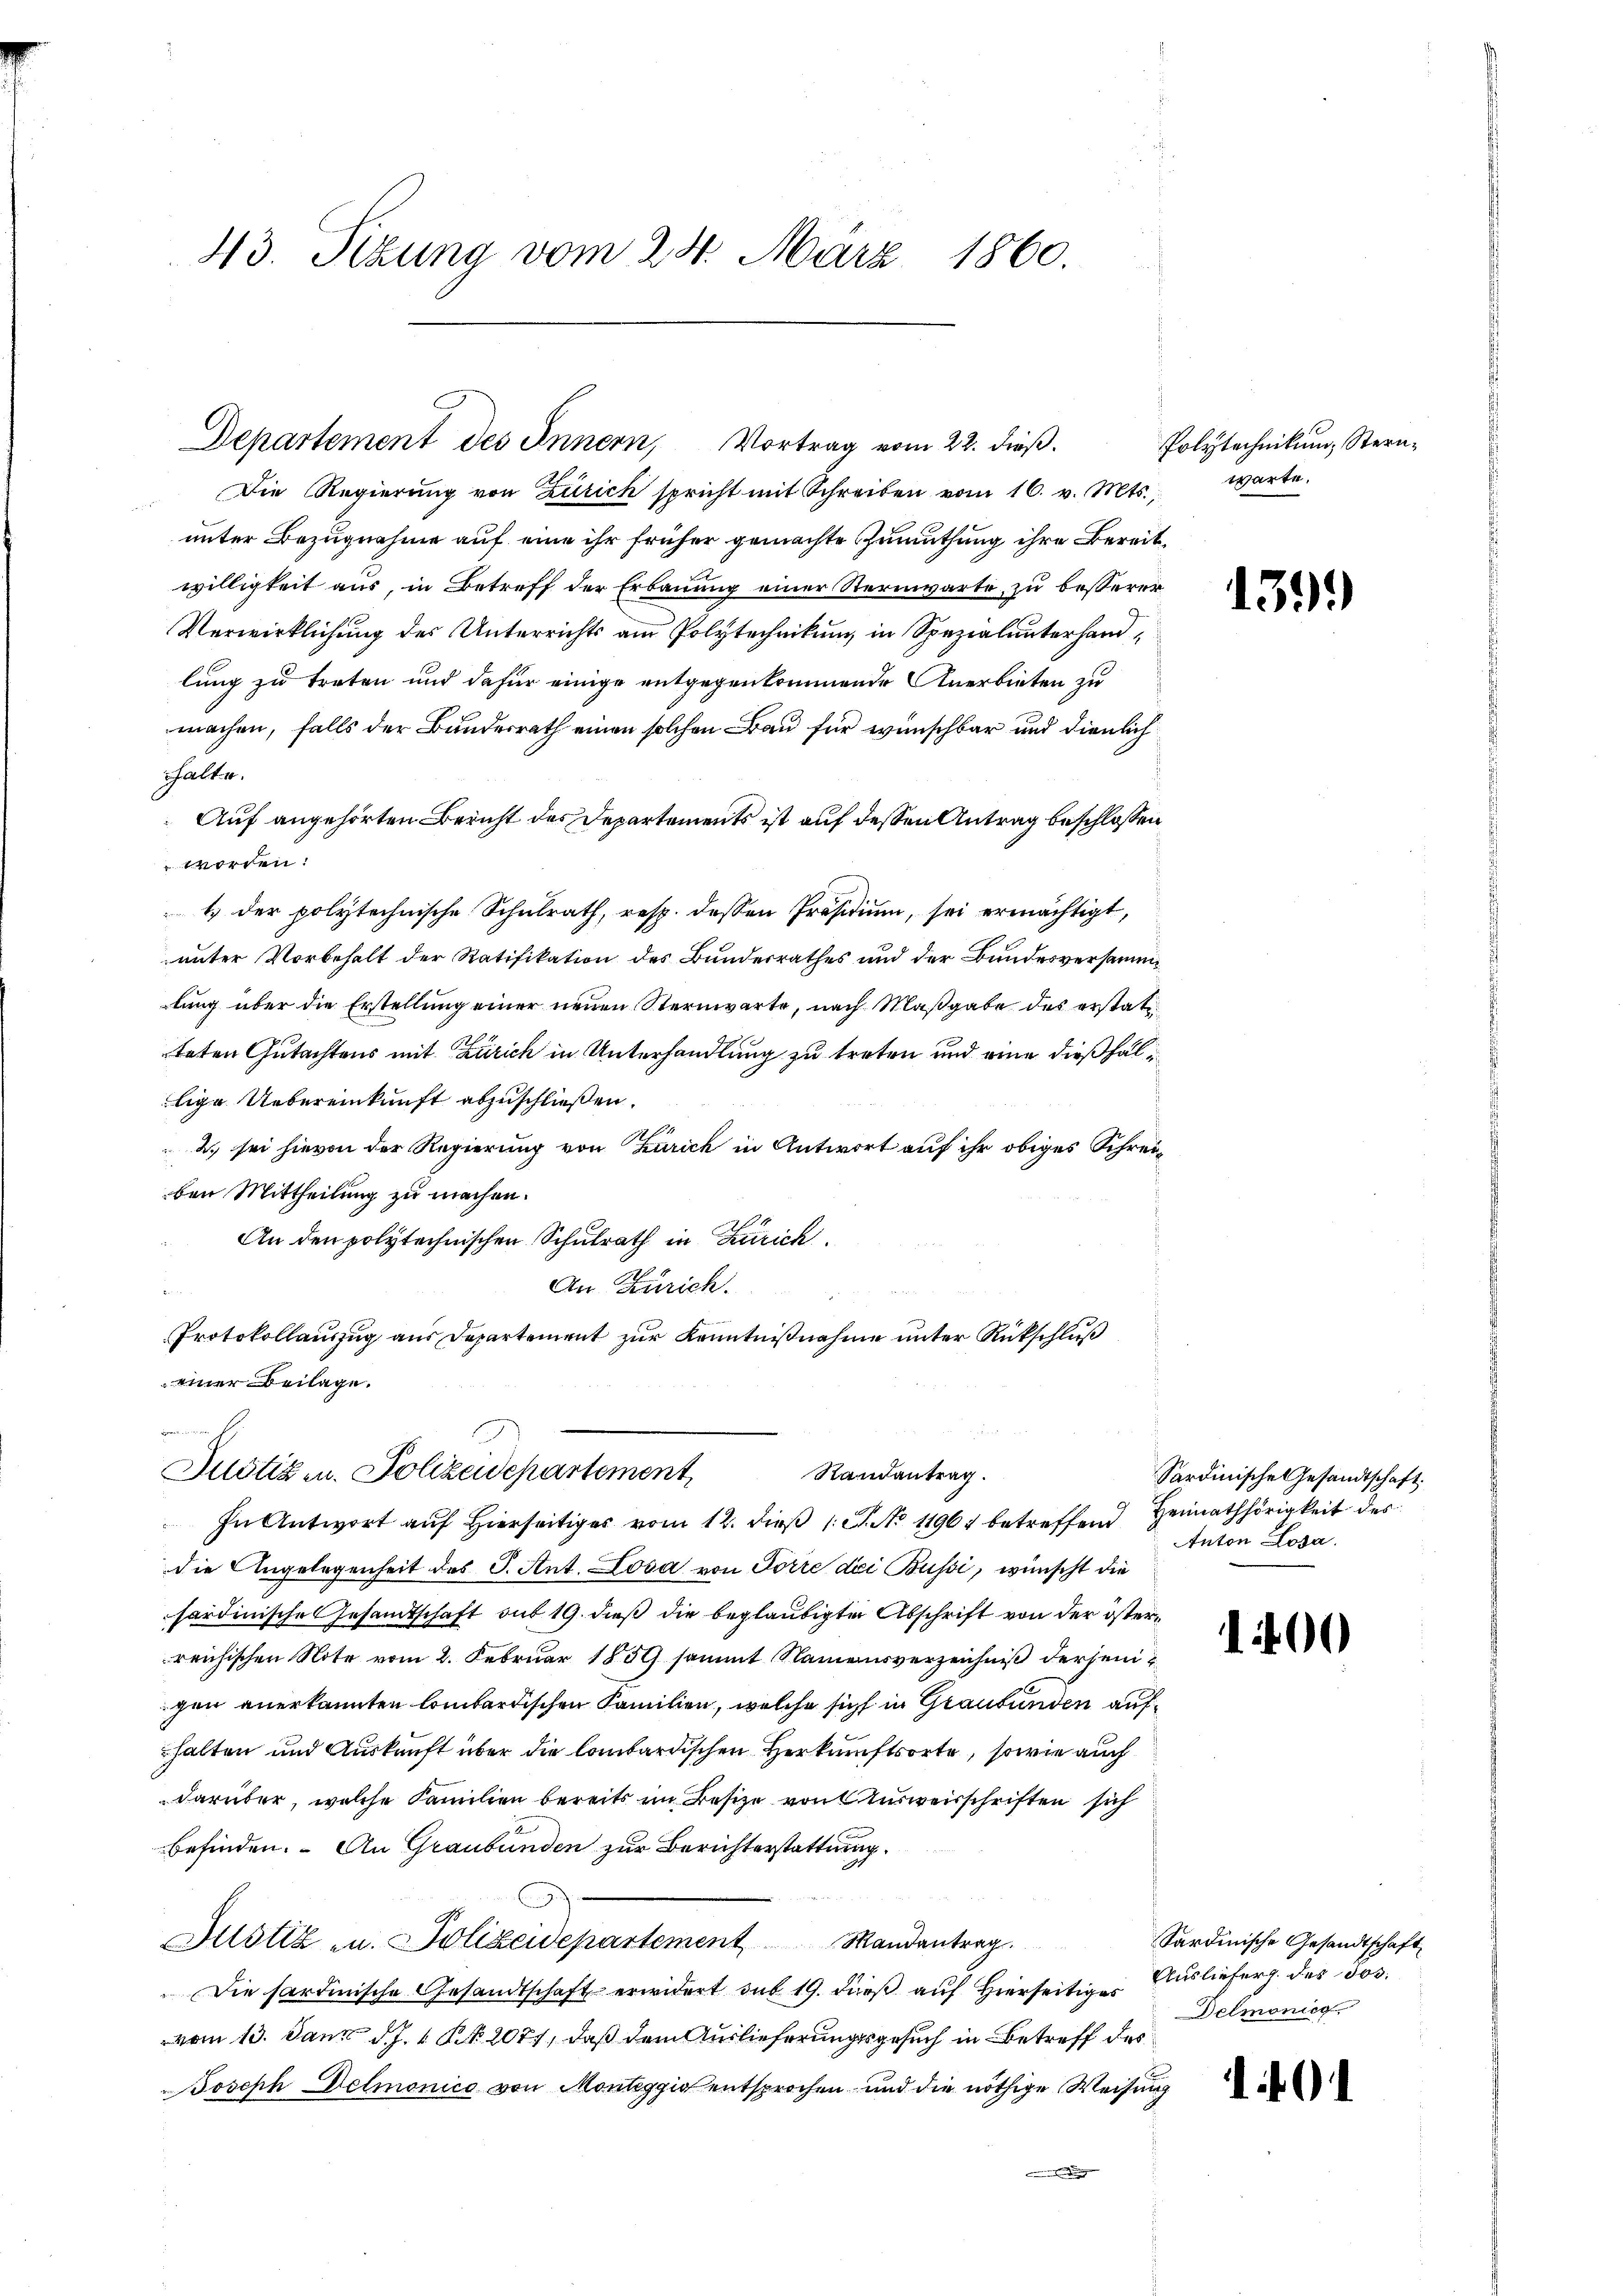
Die Regierung von Zürich spricht mit Schreiben vom 16. v. Mts.,

unter Bezugnahme auf eine ihr früher gemachte Zumuthung ihre Bereitwilligkeit aus, in Betreff der Erbauung einer Sternwarte, zu besserer
Verwirklichung des Unterrichts am Polytechnikum in Spezialunterhandlung zu treten und dafür einige entgegenkommende Anerbieten zu
machen, falls der Bundesrath einen solchen Frau für wünschbar und dienlich
thalte.
Auf angehörten Bericht des Departements ist auf dessen Antrag beschlossen
 worden:
1.) der polytechnische Schulrath, resp. dessen Präsidium, sei ermächtigt,
unter Vorbehalt der Ratifikation des Bundesrathes und der Bundesversammlung über die Erstellung einer neuen Sternwarte, nach Maßgabe des erstatiteten Gutachtens mit Zürich in Unterhandlung zu treten und eine dießfällige Uebereinkunft abzuschließen.
2. sei hievon der Regierung von Zürich in Antwort auf ihr obiges Schreiben Mittheilung zu machen.
An den polytechnischen Schulrath in Zürich
An Zürich.
Protokollauszug aus Departement zur Kenntnißnahme unter Rückschluß
einer Beilage.

43. Sizung vom 24. März 1860.

Departement des Innern, Vortrag vom 22. dieß.

¬
Justiz u. Polizeidepartement
Randantrag.
In Antwort auf Hierseits vom 12. dieß 1 S. No 11967 betreffend Heimathörigkeit des

die Angelegenheit des J. Ant. Losa von Forre dei Bussi, wünscht die
sardinische Gesamtschaft auf 19. dieß die beglaubigter Abschrift von der österreichischen Note vom 2. Februar 1859 sammt Namensverzeichniß derjenigen anerkannten lombardischen Familien, welche sich in Graubünden aufhalten und Auskunft über die lombardischen Herkunftsorte, sowie auch
darüber, welche Familien bereits im Besize von Ausweisschriften sich
befinden. An Graubünden zur Berichterstattung.
Justiz u. Polizeidepartement Mandantrag.
Die Sardinische Gesandtschaft erwidert sub 19. dieß auf Hierseitig Ausliefer des Jos.
vom 13. Jann d. J. N. 2077, daß dem Auslieferungsgesuch in Betreff des
Joseph elmonico von Monteggio entsprochen und die nöthige Weisung
e

Polytechnikung, Sternwarte.

1399

Sardinische Gesandtschaft
Anton Losa.

1400

Sardinische Gesandtschaft
Delmönica

1 91